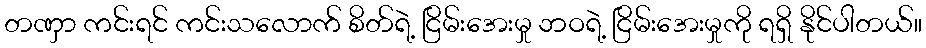
တဏှာ ကင်းရင် ကင်းသလောက် စိတ်ရဲ့ ငြိမ်းအေးမှု ဘဝရဲ့ ငြိမ်းအေးမှုကို ရရှိ နိုင်ပါတယ်။